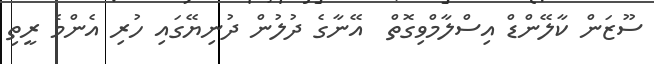
ސޫޒަން ކާލޭންޑް އިސްލާމްވިގޮތް  އޭނާގެ ދުލުން ދުނިޔޭގައި ހުރި އެންމެ ރީތި